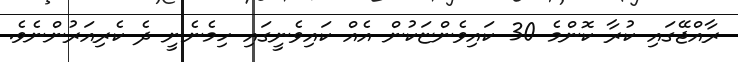
ރާއްޖޭގައި ކުރާ ކޮންމެ 30 ކައިވެންޏަކުން އެއް ކައިވެނީގައި ހިމެނެނީ ދެ ކެރިއަރުންނެވެ.